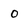
Character: 0